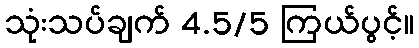
သုံးသပ်ချက် 4.5/5 ကြယ်ပွင့်။